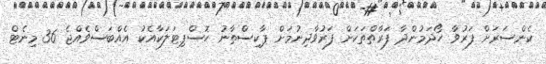
ކެންސަރަށް ފަރުވާ ހޯދަމުންދާ ފަރާތްތަކަށް ފަރުވާދިނުމަށް ޕާކިސްތާނު ހޮސްޕިޓަލަކާއެކު އެއްބަސްވެއްޖެ 36 މިނެޓް